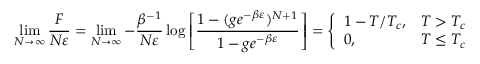
\operatorname* { l i m } _ { N \rightarrow \infty } { \frac { F } { N \varepsilon } } = \operatorname* { l i m } _ { N \rightarrow \infty } - { \frac { \beta ^ { - 1 } } { N \varepsilon } } \log \left[ { \frac { 1 - ( g e ^ { - \beta \varepsilon } ) ^ { N + 1 } } { 1 - g e ^ { - \beta \varepsilon } } } \right] = { \left\{ \begin{array} { l l } { 1 - T / T _ { c } , } & { T > T _ { c } } \\ { 0 , } & { T \leq T _ { c } } \end{array} \right. }